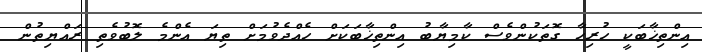
އިންތިޚާބަކީ ހުރިހާ ގޮތަކުންވެސް ކާމިޔާބު އިންތިޚާބަކަށް ހެއްދެވުމަށް ތިޔަ އެންމެ ލޮބުވެތި ރައްޔިތުން